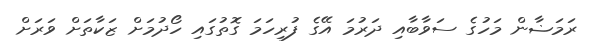
ރަމަޟާން މަހުގެ ސަވާބާއި ދަރުމަ އޭގެ ފުރިހަމަ ގޮތުގައި ހޯދުމަށް ޒަކާތަށް ވަރަށް